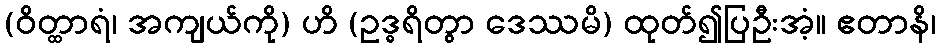
(ဝိတ္ထာရံ၊ အကျယ်ကို) ဟိ (ဥဒ္ဓရိတွာ ဒေဿမိ) ထုတ်၍ပြဦးအံ့။ ဧတာနိ၊